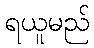
ရယူမည်